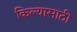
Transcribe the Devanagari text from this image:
किल्यासाठी